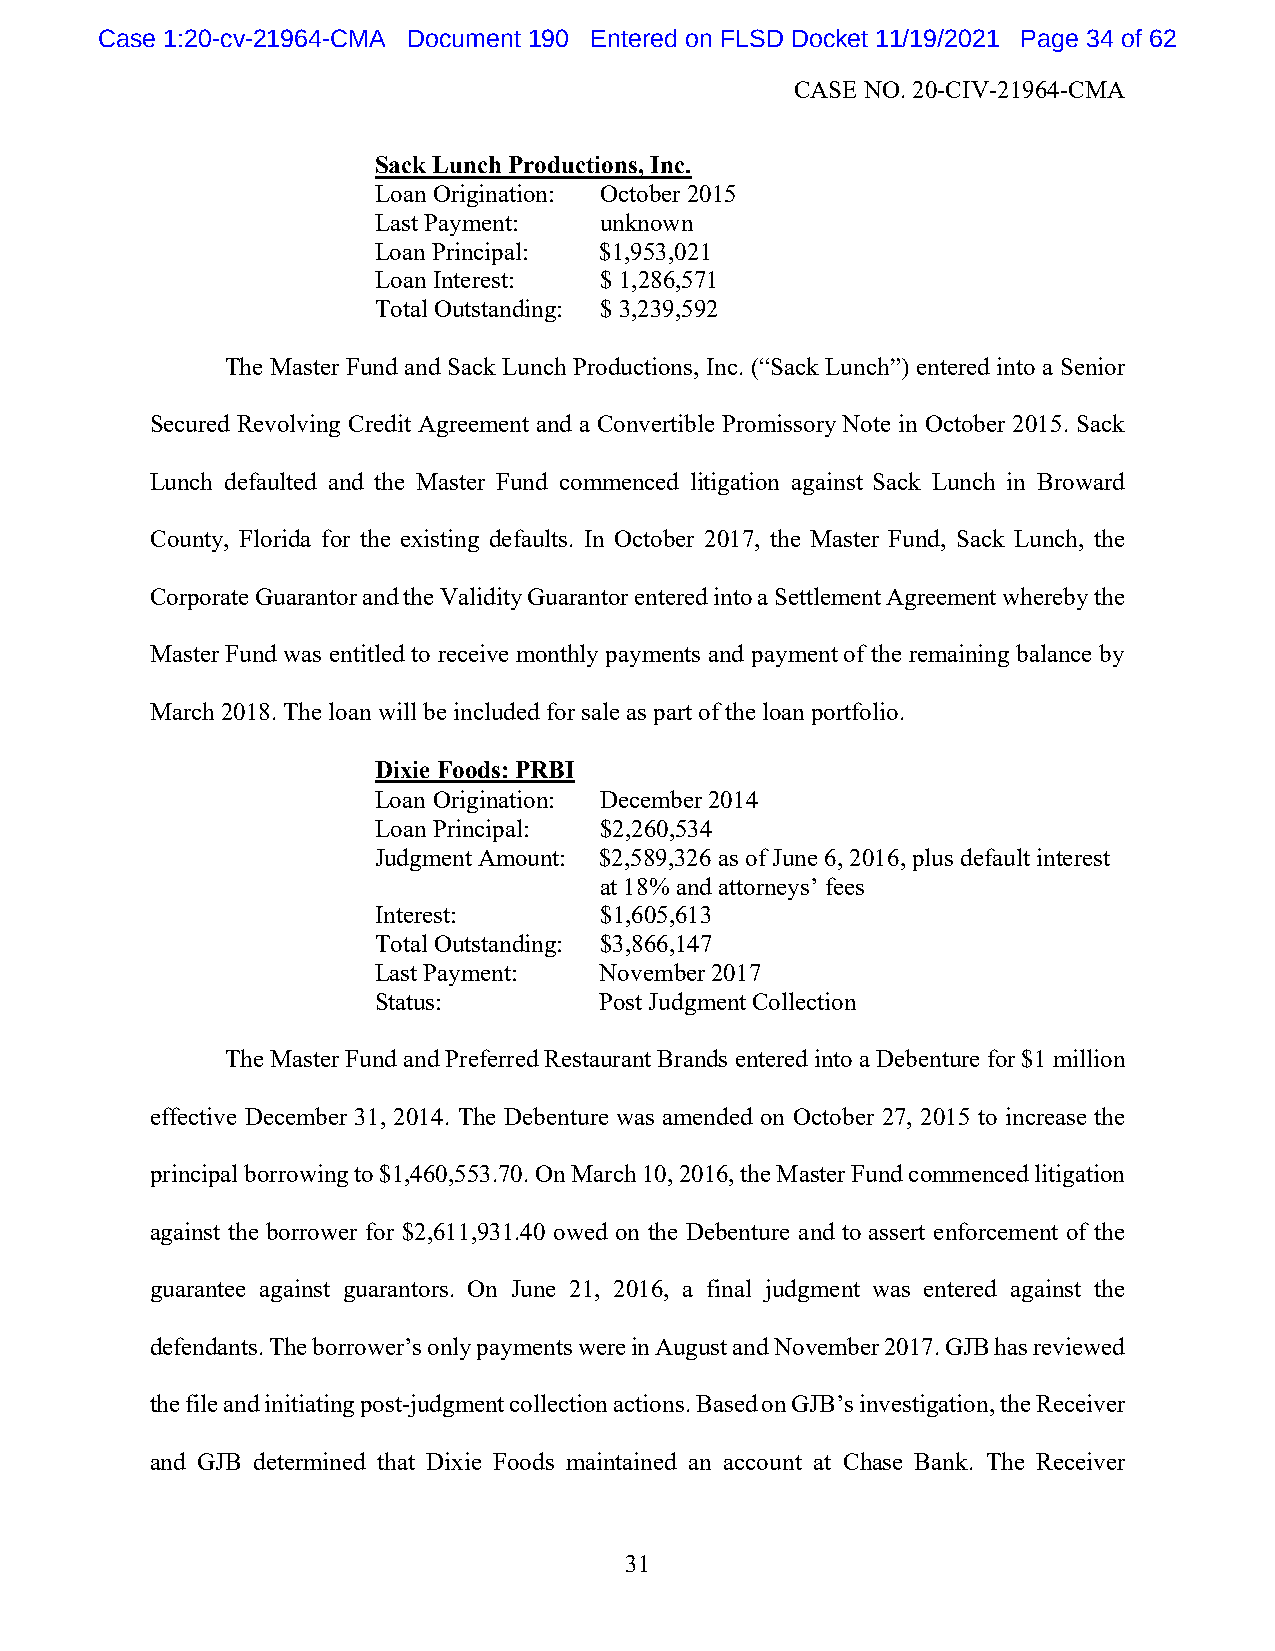
Case 1:20-cv-21964-CMA Document 190 Entered on FLSD Docket 11/19/2021 Page 34 of 62
 CASE NO. 20-CIV-21964-CMA
 Sack Lunch Productions, Inc.
 Loan Origination: October 2015
 Last Payment:  unknown
 Loan Principal: $1,953,021
 Loan Interest: $ 1,286,571
 Total Outstanding: $ 3,239,592
 The Master Fund and Sack Lunch Productions, Inc. (“Sack Lunch”) entered into a Senior
 Secured Revolving Credit Agreement and a Convertible Promissory Note in October 2015. Sack
 Lunch defaulted and the Master Fund commenced litigation against Sack Lunch in Broward
 County, Florida for the existing defaults. In October 2017, the Master Fund, Sack Lunch, the
 Corporate Guarantor and the Validity Guarantor entered into a Settlement Agreement whereby the
 Master Fund was entitled to receive monthly payments and payment of the remaining balance by
 March 2018. The loan will be included for sale as part of the loan portfolio.
 Dixie Foods: PRBI
 Loan Origination: December 2014
 Loan Principal: $2,260,534
 Judgment Amount: $2,589,326 as of June 6, 2016, plus default interest
 at 18% and attorneys’ fees
 Interest:      $1,605,613
 Total Outstanding: $3,866,147
 Last Payment:  November 2017
 Status:        Post Judgment Collection
 The Master Fund and Preferred Restaurant Brands entered into a Debenture for $1 million
 effective December 31, 2014. The Debenture was amended on October 27, 2015 to increase the
 principal borrowing to $1,460,553.70. On March 10, 2016, the Master Fund commenced litigation
 against the borrower for $2,611,931.40 owed on the Debenture and to assert enforcement of the
 guarantee against guarantors. On June 21, 2016, a final judgment was entered against the
 defendants. The borrower’s only payments were in August and November 2017. GJB has reviewed
 the file and initiating post-judgment collection actions. Based on GJB’s investigation, the Receiver
 and GJB determined that Dixie Foods maintained an account at Chase Bank. The Receiver
 31